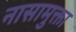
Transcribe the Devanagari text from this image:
नासामुक्ता